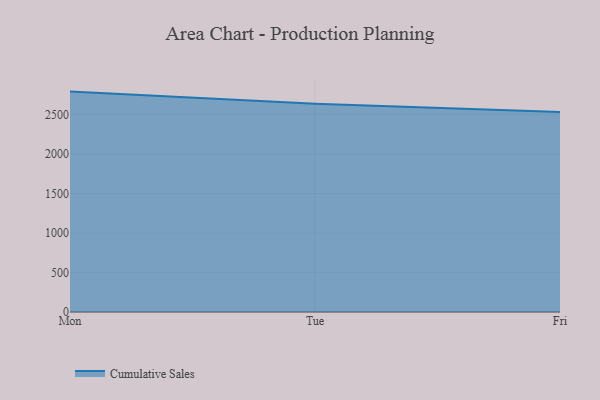
{"axis": {"x": "Day", "y": "Population (Million)"}, "legend": ["Cumulative Sales"], "data": [{"x": "Mon", "y": 2789.8, "type": "Cumulative Sales"}, {"x": "Tue", "y": 2635.9, "type": "Cumulative Sales"}, {"x": "Fri", "y": 2532.5, "type": "Cumulative Sales"}]}